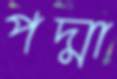
পদ্মা